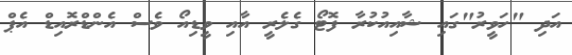
އަދި "ހަވީރު"ގައި ޝާއިއުކުރާ ފޮޓޯ ގެލެރީ އާއި ވީޑިއޯ ވެސް އެންޑްރޮއިޑް އެޕް